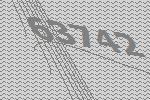
63742